Report on vaccination North-West Frontier Province 1904-1922 - 1904-1922
Year: 1904
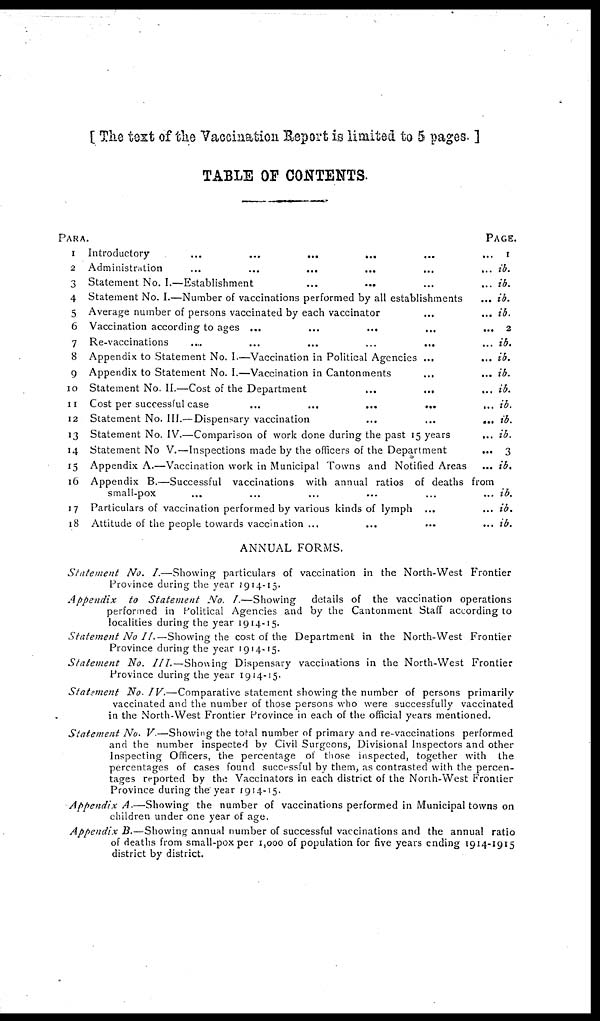
[ The test of the Vaccination Report is limited to 5 pages. ]
TABLE OF CONTENTS.
PARA.
1
2
3
4
5
6
7
8
9
10
11
12
13
14
15
16
17
18
Introductory ... ... ... ... ... ...
Administration ... ... ... ... ... ... ...
Statement No. I.—Establishment ... ... ... ...
Statement No. I.—Number of vaccinations performed by all establishments ...
Average number of persons vaccinated by each vaccinator ... ...
Vaccination according to ages ... ... ... ... ...
Re-vaccinations
....
...
...
...
... ...
Appendix to Statement No. I.—Vaccination in Political Agencies ... ...
Appendix to Statement No. I.—Vaccination in Cantonments
... ...
Statement No. II.—Cost of the Department
...
... ...
Cost per successful case
...
...
...
... ...
Statement No. III.— Dispensary vaccination ... ... ...
Statement No. IV.—Comparison of work done during the past 15 years ...
Statement No V.—Inspections made by the officers of the Department ...
Appendix A.—Vaccination work in Municipal Towns and Notified Areas ...
Appendix B.—Successful vaccinations with annual ratios of deaths from
small-pox ... ... ... ... ... ...
Particulars of vaccination performed by various kinds of lymph ... ...
Attitude of the people towards vaccination ... ... ... ...
ANNUAL FORMS.
PAGE.
1
ib.
ib.
ib.
ib.
2
ib.
ib.
ib.
ib.
ib.
ib.
ib.
3
ib.
ib.
ib.
ib.
Statement
No. I.—Showing particulars of vaccination in the North-West Frontier
Province during the year 1914-15.
Appendix
to Statement
No. I.—Showing
details of the vaccination operations
performed in Political Agencies and by the Cantonment Staff according to
localities during the year 1914-15.
Statement No II.—Showing the cost of the Department in the North-West Frontier
Province during the year 1914-15.
Statement
No. III.—Showing
Dispensary vaccinations in the North-West Frontier
Province during the year 1914-15.
Statement No. IV.—Comparative
statement showing the number of persons primarily
vaccinated and the number of those persons who were successfully vaccinated
in the North-West Frontier Province in each of the official years mentioned.
Statement No. V.—Showing the total number of primary and re-vaccinations performed
and the number inspected by Civil Surgeons, Divisional Inspectors and other
Inspecting Officers, the percentage of those inspected, together with the
percentages of cases found successful by them, as contrasted with the percen-
tages reported by the Vaccinators in each district of the North-West Frontier
Province during the year 1914-15.
Appendix A.—Showing
the number of vaccinations performed in Municipal towns on
children under one year of age.
Appendix B. — Showing annual number of successful vaccinations and the annual ratio
of deaths from small-pox per 1,000 of population for five years ending 1914-1915
district by district.